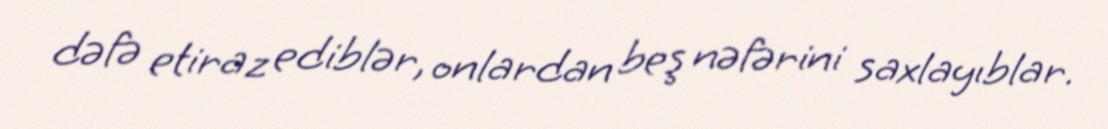
dəfə etiraz ediblər, onlardan beş nəfərini saxlayıblar.